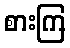
စားကြ